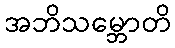
အဘိသမ္ဘောတိ